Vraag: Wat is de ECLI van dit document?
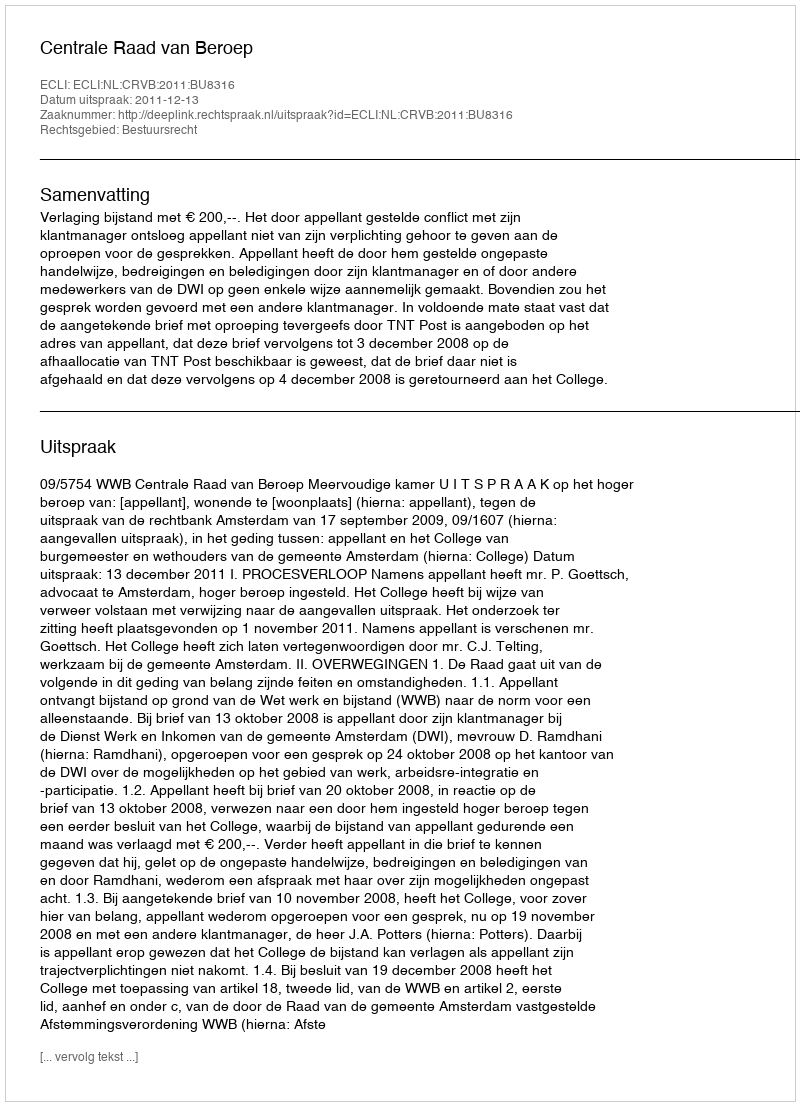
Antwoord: ECLI:NL:CRVB:2011:BU8316